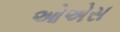
ઓએસ